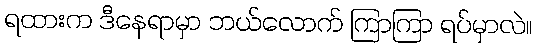
ရထားက ဒီနေရာမှာ ဘယ်လောက် ကြာကြာ ရပ်မှာလဲ။